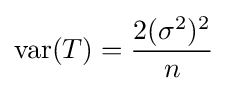
\operatorname {var} (T)={\frac {2(\sigma ^{2})^{2}}{n}}